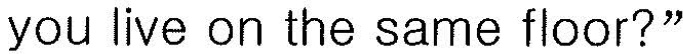
you live on the same floor?"